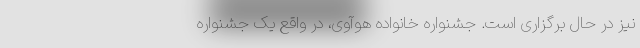
نیز در حال برگزاری است. جشنواره خانواده هوآوی، در واقع یک جشنواره